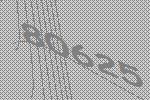
80625